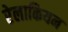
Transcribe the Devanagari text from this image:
रेलाकियन